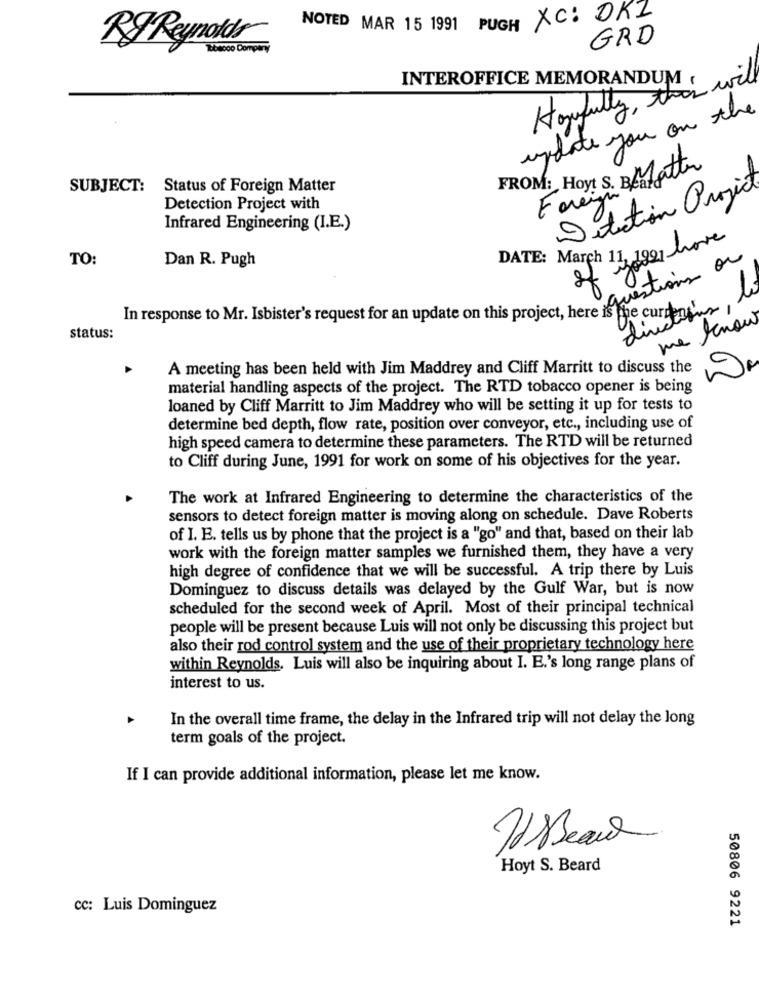
NOTED MAR 15 1991 PUGH XC: DKZ
RJ Reynolds
GRD
Bosco Company
INTEROFFICE MEMORANDUM (
Howfully, they will
update you on the
FROM: Hoyt S. BMatter
SUBJECT:
Status of Foreign Matter
Detection Project
Foreign
Detection Project with
Infrared Engineering (I.E.)
DATE: March 11, 1991 have
TO:
Dan R. Pugh
of ations or
In response to Mr. Isbister's request for an update on this project, here is the currentor
me know
status:
A meeting has been held with Jim Maddrey and Cliff Marritt to discuss the
material handling aspects of the project. The RTD tobacco opener is being
loaned by Cliff Marritt to Jim Maddrey who will be setting it up for tests to
determine bed depth, flow rate, position over conveyor, etc ., including use of
high speed camera to determine these parameters. The RTD will be returned
to Cliff during June, 1991 for work on some of his objectives for the year.
The work at Infrared Engineering to determine the characteristics of the
sensors to detect foreign matter is moving along on schedule. Dave Roberts
of I. E. tells us by phone that the project is a "go" and that, based on their lab
work with the foreign matter samples we furnished them, they have a very
high degree of confidence that we will be successful. A trip there by Luis
Dominguez to discuss details was delayed by the Gulf War, but is now
scheduled for the second week of April. Most of their principal technical
people will be present because Luis will not only be discussing this project but
also their rod control system and the use of their proprietary technology here
within Reynolds. Luis will also be inquiring about I. E.'s long range plans of
interest to us.
In the overall time frame, the delay in the Infrared trip will not delay the long
term goals of the project.
If I can provide additional information, please let me know.
Is seaud
Hoyt S. Beard
cc: Luis Dominguez
50806 9221